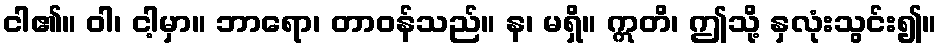
ငါ၏။ ဝါ၊ ငါ့မှာ။ ဘာရော၊ တာဝန်သည်။ န၊ မရှိ။ ဣတိ၊ ဤသို့ နှလုံးသွင်း၍။